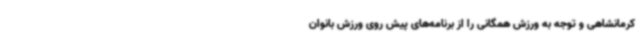
کرمانشاهی و توجه به ورزش همگانی را از برنامه‌های پیش روی ورزش بانوان